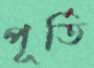
পূর্তি